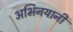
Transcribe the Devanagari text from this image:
अभिनयानी